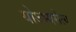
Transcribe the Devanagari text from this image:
योऽभ्यसेत्य